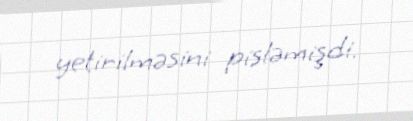
yetirilməsini pisləmişdi.